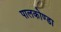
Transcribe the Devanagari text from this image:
पालकोण्डा